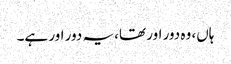
ہاں، وہ دور اور تھا، یہ دور اور ہے۔